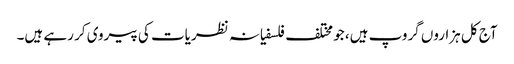
آج کل ہزاروں گروپ ہیں، جو مختلف فلسفیانہ نظریات کی پیروی کر رہے ہیں۔